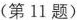
(第11题)